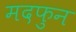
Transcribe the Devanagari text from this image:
मदफुन